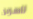
للسرير